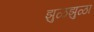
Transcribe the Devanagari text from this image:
झुळझुळा